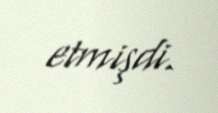
etmişdi.